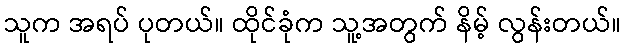
သူက အရပ် ပုတယ်။ ထိုင်ခုံက သူ့အတွက် နိမ့် လွန်းတယ်။